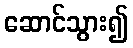
ဆောင်သွား၍